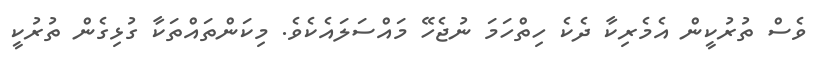
ވެސް ތުރުކީން އެމެރިކާ ދެކެ ހިތްހަމަ ނުޖެހޭ މައްސަލައެކެވެ. މިކަންތައްތަކާ ގުޅިގެން ތުރުކީ